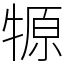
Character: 㹉